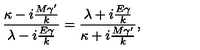
{ { \frac { \kappa - i { \frac { M { \gamma } ^ { \prime } } { k } } } { \lambda - i { \frac { E \gamma } { k } } } } } = { { { \frac { \lambda + i { \frac { E \gamma } { k } } } { \kappa + i { \frac { M { \gamma } ^ { \prime } } { k } } } } } } ,